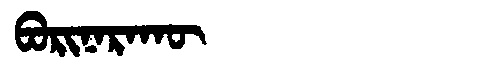
Manchu: ᠪᠣᡵᡳᠨᠠᡵᠠᡴᡡ
Romanization: BORINARAKŪ